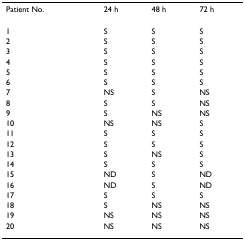
<table><thead><tr><td><b>Patient No.</b></td><td><b>24 h</b></td><td><b>48 h</b></td><td><b>72 h</b></td></tr></thead><tbody><tr><td>1</td><td>S</td><td>S</td><td>S</td></tr><tr><td>2</td><td>S</td><td>S</td><td>S</td></tr><tr><td>3</td><td>S</td><td>S</td><td>S</td></tr><tr><td>4</td><td>S</td><td>S</td><td>S</td></tr><tr><td>5</td><td>S</td><td>S</td><td>S</td></tr><tr><td>6</td><td>S</td><td>S</td><td>S</td></tr><tr><td>7</td><td>NS</td><td>S</td><td>NS</td></tr><tr><td>8</td><td>S</td><td>S</td><td>NS</td></tr><tr><td>9</td><td>S</td><td>NS</td><td>NS</td></tr><tr><td>10</td><td>NS</td><td>NS</td><td>S</td></tr><tr><td>11</td><td>S</td><td>S</td><td>S</td></tr><tr><td>12</td><td>S</td><td>S</td><td>S</td></tr><tr><td>13</td><td>S</td><td>NS</td><td>S</td></tr><tr><td>14</td><td>S</td><td>S</td><td>S</td></tr><tr><td>15</td><td>ND</td><td>S</td><td>ND</td></tr><tr><td>16</td><td>ND</td><td>S</td><td>ND</td></tr><tr><td>17</td><td>S</td><td>S</td><td>S</td></tr><tr><td>18</td><td>S</td><td>NS</td><td>NS</td></tr><tr><td>19</td><td>NS</td><td>NS</td><td>NS</td></tr><tr><td>20</td><td>NS</td><td>NS</td><td>NS</td></tr></tbody></table>